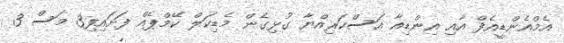
އެމްއެންޑީއެފް އާއި އިންޑިއާ އަސްކަރިއްޔާ ގުޅިގެން މެޑިކަލް ކޭމްޕެއް ފަށައިފި3 މަސް 3